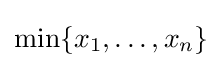
\min\{x_{1},\dots ,x_{n}\}